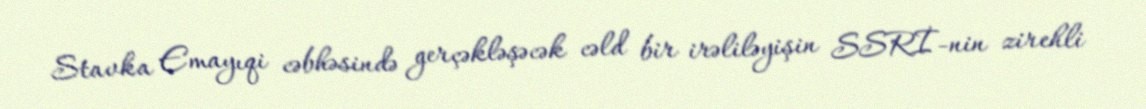
Stavka Emayıqi cəbhəsində gerçəkləşəcək cəld bir irəliləyişin SSRİ-nin zirehli